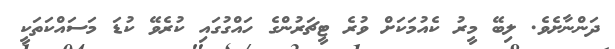
ދަންނާށެވެ. ލިބޭ މީރު ކެއުމަކަށް ވުރެ ޓީޗަރުންގެ ހައްގުގައި ކުރެވޭ ކުޑަ މަސައްކަތަކީ